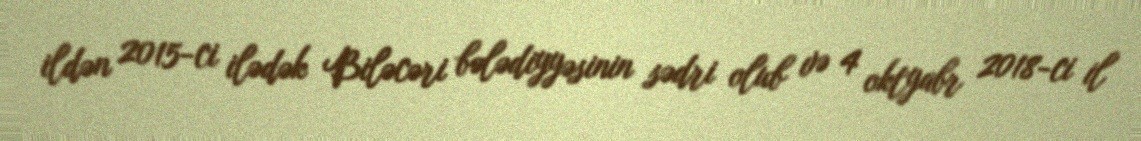
ildən 2015-ci ilədək Biləcəri bələdiyyəsinin sədri olub və 4 oktyabr 2018-ci il